Report on the working of the Ranchi Indian Mental Hospital, Kanke, in Bihar and Orissa - 1930-1940
Year: 1930
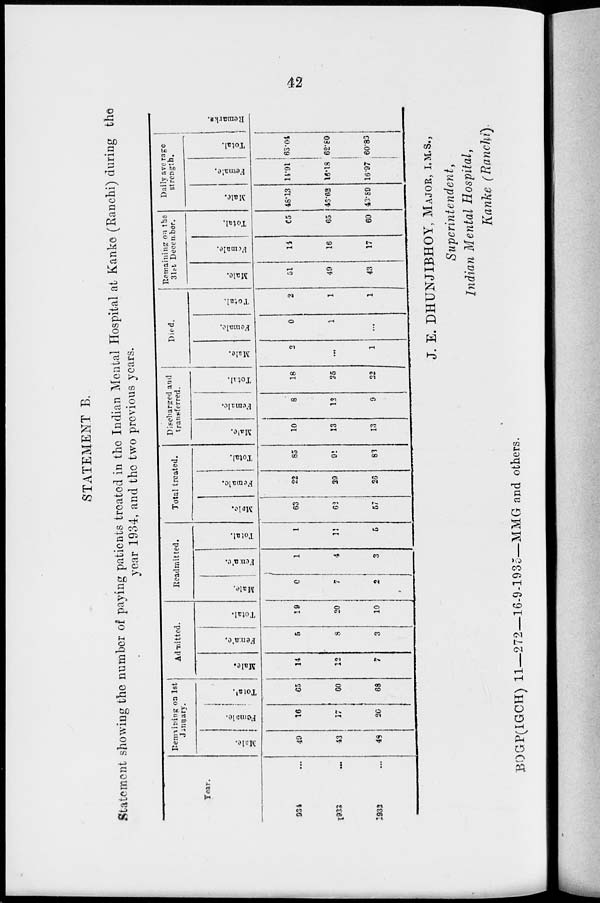
42
STATEMENT B.
Statement showing the number of paying patients treated in the Indian Mental Hospital at Kanke (Ranchi) during the
year 1934, and the two previous years.
Year.
1934 ...
1933 ...
1932 ...
Remaining on 1st
January.
Male.
49
43
48
Female.
16
17
20
Total.
65
60
68
Admitted.
Male.
14
12
7
Female.
5
8
3
Total.
19
20
10
Readmitted.
Male.
0
7
2
Female.
1
4
3
Total.
1
11
5
Total treated.
Male.
63
62
57
Female.
22
29
26
Total.
85
91
83
Discharged and
transferred.
Male.
10
13
13
Female.
8
12
9
Total.
18
25
22
Died.
Male.
2
...
1
Female.
0
1
...
Total.
2
1
1
Remaining on the
31st December.
Male.
51
49
43
Female.
14
16
17
Total.
65
65
60
Daily average
strength.
Male.
48.13
46.62
43.89
Female.
14.91
16.18
16.97
Total.
63.04
62.80
60.86
Remarks.
J. E. DHUNJIBHOY, MAJOR, I.M.S.,
Superintendent,
Indian Mental Hospital,
Kanke (Ranchi).
BOGP(IGCH) 11—272—16-9-1935—MMG and others.